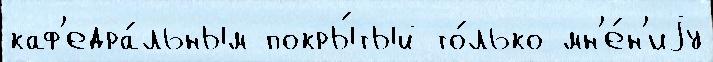
каф'едра́льным покры́тый то́лько мн'е́н'иjу